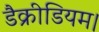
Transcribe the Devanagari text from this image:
डैक्रीडियम।